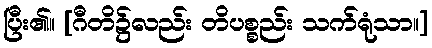
ပြီး၏။ [ဂီတိ၌လည်း တိပစ္စည်း သက်ရုံသာ။]